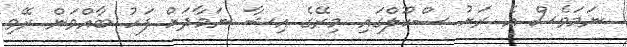
ނަމަވެސް އެ ރަށު ސްކޫލްގައި މިރޭގެ އިޝާ ނަމާދަަށް ފަހު ބާއްވަން ރޭވި